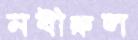
নবীরুল